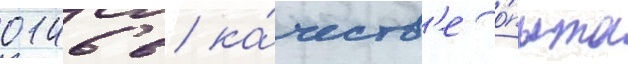
0146 в ка́честв'е о́пыта